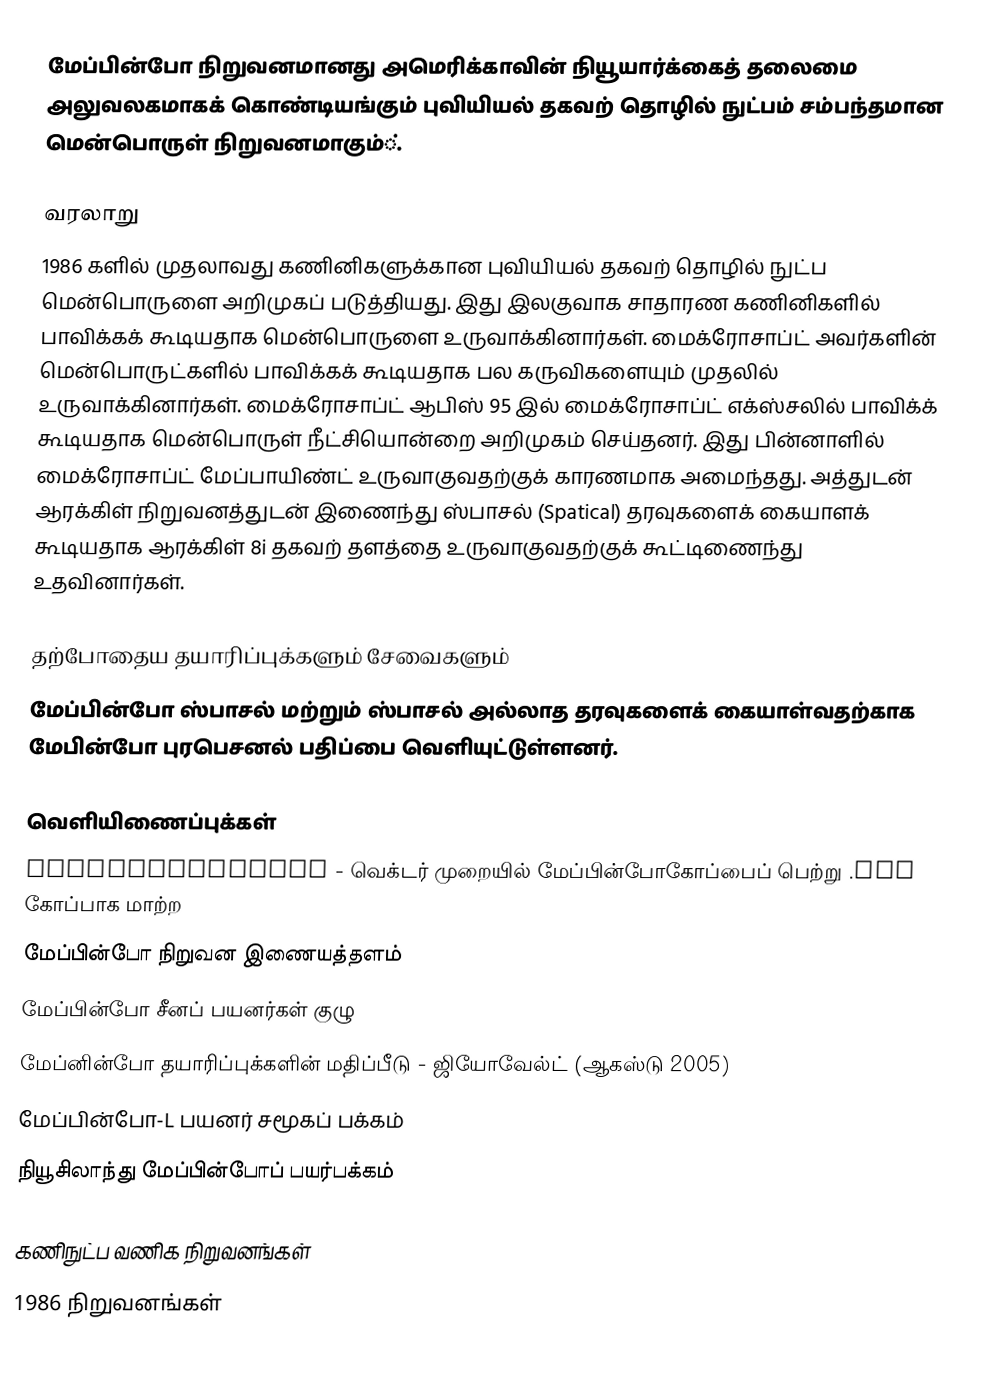
மேப்பின்போ நிறுவனமானது அமெரிக்காவின் நியூயார்க்கைத் தலைமை அலுவலகமாகக் கொண்டியங்கும் புவியியல் தகவற் தொழில் நுட்பம் சம்பந்தமான மென்பொருள் நிறுவனமாகும்்.

வரலாறு
1986 களில் முதலாவது கணினிகளுக்கான புவியியல் தகவற் தொழில் நுட்ப மென்பொருளை அறிமுகப் படுத்தியது. இது இலகுவாக சாதாரண கணினிகளில் பாவிக்கக் கூடியதாக மென்பொருளை உருவாக்கினார்கள். மைக்ரோசாப்ட் அவர்களின் மென்பொருட்களில் பாவிக்கக் கூடியதாக பல கருவிகளையும் முதலில் உருவாக்கினார்கள்.  மைக்ரோசாப்ட் ஆபிஸ் 95 இல் மைக்ரோசாப்ட் எக்ஸ்சலில் பாவிக்க் கூடியதாக மென்பொருள் நீட்சியொன்றை அறிமுகம் செய்தனர். இது பின்னாளில் மைக்ரோசாப்ட் மேப்பாயிண்ட் உருவாகுவதற்குக் காரணமாக அமைந்தது. அத்துடன் ஆரக்கிள் நிறுவனத்துடன் இணைந்து ஸ்பாசல் (Spatical) தரவுகளைக் கையாளக் கூடியதாக ஆரக்கிள் 8i தகவற் தளத்தை உருவாகுவதற்குக் கூட்டிணைந்து உதவினார்கள்.

தற்போதைய தயாரிப்புக்களும் சேவைகளும்
மேப்பின்போ ஸ்பாசல் மற்றும் ஸ்பாசல் அல்லாத தரவுகளைக் கையாள்வதற்காக மேபின்போ புரபெசனல் பதிப்பை வெளியுட்டுள்ளனர்.

வெளியிணைப்புக்கள்
DigitalWAYPoint  - வெக்டர் முறையில் மேப்பின்போகோப்பைப் பெற்று .DWP கோப்பாக மாற்ற
மேப்பின்போ நிறுவன இணையத்தளம்
மேப்பின்போ சீனப் பயனர்கள் குழு
மேப்னின்போ தயாரிப்புக்களின் மதிப்பீடு - ஜியோவேல்ட் (ஆகஸ்டு 2005)
மேப்பின்போ-L பயனர் சமூகப் பக்கம்
நியூசிலாந்து மேப்பின்போப் பயர்பக்கம்

கணிநுட்ப வணிக நிறுவனங்கள்
1986 நிறுவனங்கள்